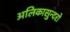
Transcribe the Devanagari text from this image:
अलिकासुन्दरो